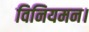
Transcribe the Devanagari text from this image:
विनियमन।